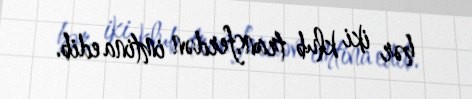
hər iki klub transferdən imtina edib.